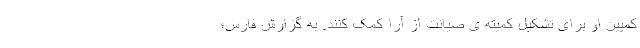
کمپین او برای تشکیل کمیته ی صیانت از آرا کمک کنند. به گزارش فارس؛